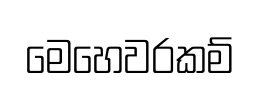
මෙහෙවරකම්